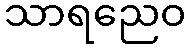
သာရညေဝ